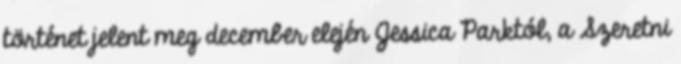
történet jelent meg december elején Jessica Parktól, a Szeretni